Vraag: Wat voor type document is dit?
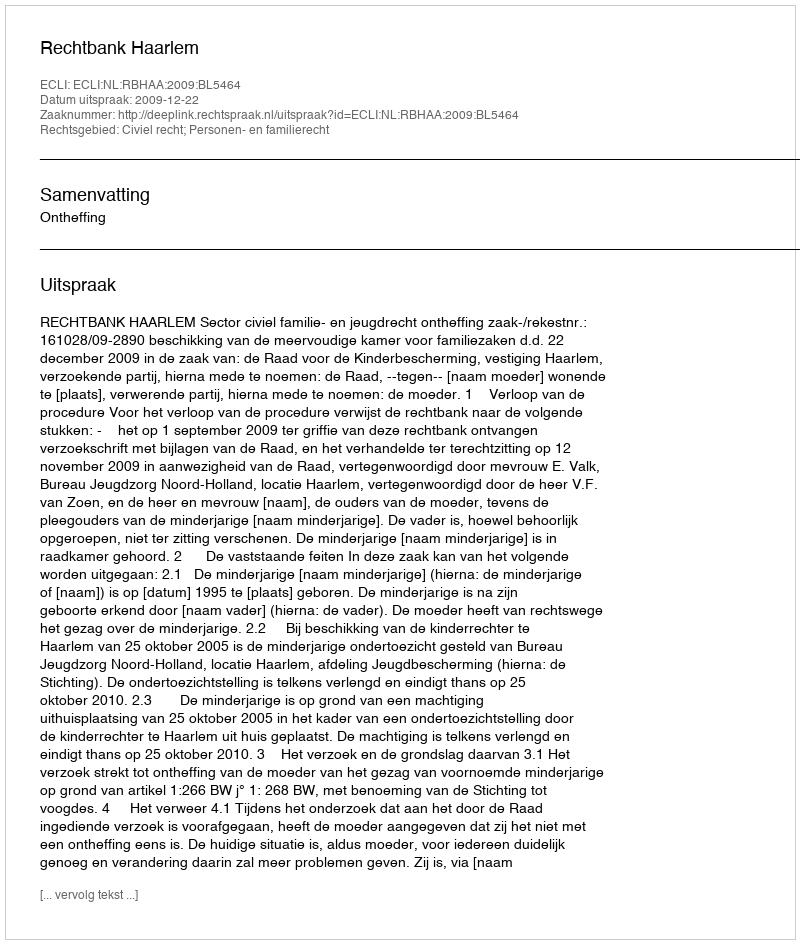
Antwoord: Uitspraak